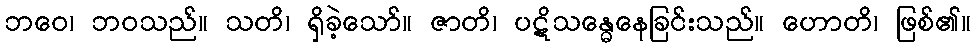
ဘဝေ၊ ဘဝသည်။ သတိ၊ ရှိခဲ့သော်။ ဇာတိ၊ ပဋိသန္ဓေနေခြင်းသည်။ ဟောတိ၊ ဖြစ်၏။